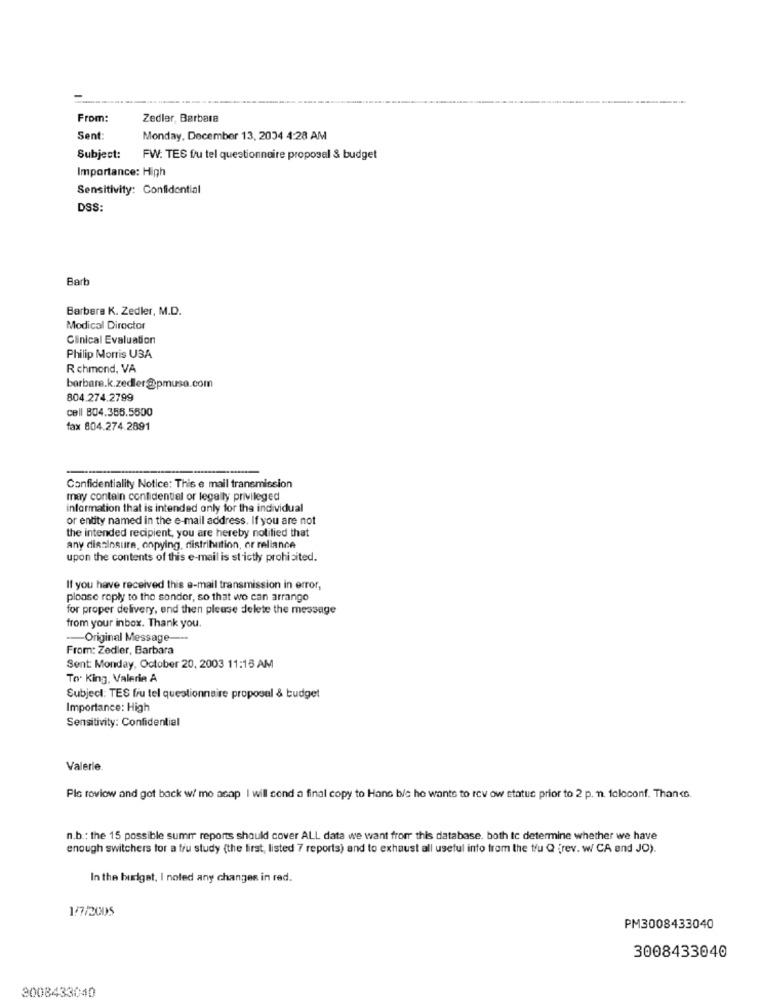
-
......
From:
Zedler, Barbera
Sent:
Monday, December 13, 2004 4:28 AM
Subject:
FW: TES fru tel questionnaire proposal & budget
Importance: High
Sensitivity: Confidential
DSS:
Barb
Barbara K. Zedler, M.D.
Modical Director
Clinical Evaluation
Philip Morris USA
Richmond, VA
barbare.k.zedler@pmusa.com
804.274.2799
cell 804.355.5500
fax 804.274.2891
Confidentiality Notice: This e mail transmission
may contain confidential or legally privileged
information that is intended only for the individual
or entity named in the e-mail address. If you are not
the intended recipient, you are hereby notified that
any disclosure, onpying, distribution, or reliance
upon the contents of this e-mail is strictly prohibited.
If you have received this e-mail transmission in error,
please reply to the sonder, so that we can arrange
for proper delivery, and then please delete the message
from your inbox. Thank you.
-Original Message ---
From: Zedler, Barbara
Sent: Monday, October 20, 2003 11:15 AM
To. King, Valerie A
Subject: TES fru tel questionnaire proposal & budget
Importance: High
Sensitivity: Confidential
Valerie
Pls roviow and got back w/ mo acap I will send a final copy to Hanc bis he wants to rev ow status prior to 2 p. n. faloconf. Thanks.
n.b .: the 15 possible summ reports should cover ALL data we want from this database. both tc determine whether we have
enough switchers for a fru study (the first, listed 7 reports) and to exhaust all useful info from the tou Q rev. w CA and JO).
In the burigat, I noted any changes in red.
1/7/2005
PM3008433040
3008433040
2008433040